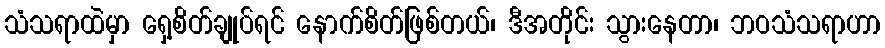
သံသရာထဲမှာ ရှေ့စိတ်ချုပ်ရင် နောက်စိတ်ဖြစ်တယ်၊ ဒီအတိုင်း သွားနေတာ၊ ဘဝသံသရာဟာ